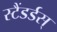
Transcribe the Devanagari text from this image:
स्टैंडर्डस्